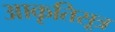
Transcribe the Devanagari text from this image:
आकृतिसूत्र